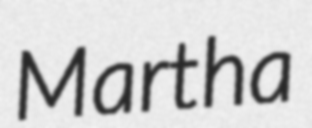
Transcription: Martha